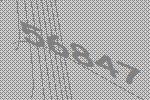
56847